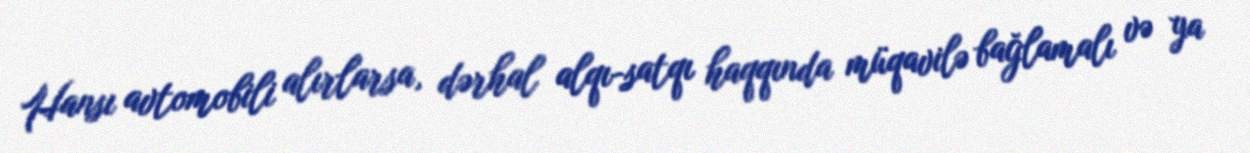
Hansı avtomobili alırlarsa, dərhal alqı-satqı haqqında müqavilə bağlamalı və ya